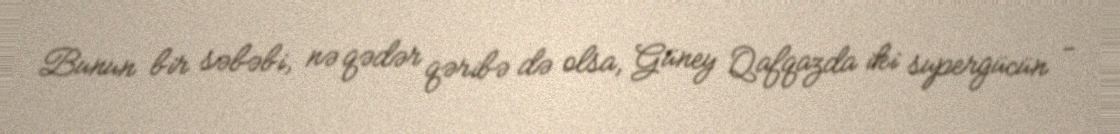
Bunun bir səbəbi, nə qədər qəribə də olsa, Güney Qafqazda iki supergücün -